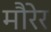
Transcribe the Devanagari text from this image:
मौरेर